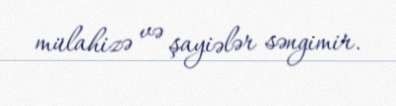
mülahizə və şayiələr səngimir.